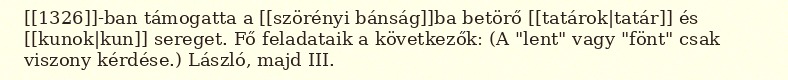
[[1326]]-ban támogatta a [[szörényi bánság]]ba betörő [[tatárok|tatár]] és [[kunok|kun]] sereget. Fő feladataik a következők: (A "lent" vagy "fönt" csak viszony kérdése.) László, majd III.